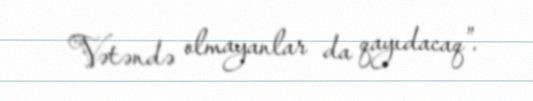
Vətəndə olmayanlar da qayıdacaq”.